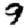
Digit: 9